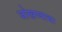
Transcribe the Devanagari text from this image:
जोखण्याचा